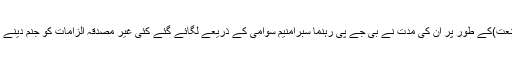
سکریٹری (صنعت)کے طور پر ان کی مدت نے بی جے پی رہنما سبرامنیم سوامی کے ذریعے لگائے گئے کئی غیر مصدقہ الزامات کو جنم دینے کا کام بھی کیا۔